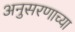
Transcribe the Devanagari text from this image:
अनुसरणाच्या